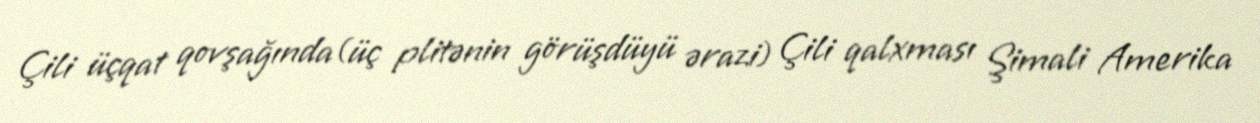
Çili üçqat qovşağında(üç plitənin görüşdüyü ərazi) Çili qalxması Şimali Amerika